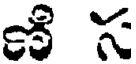
ణి స